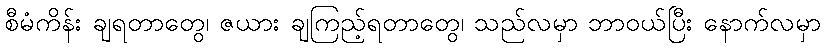
စီမံကိန်း ချရတာတွေ၊ ဇယား ချကြည့်ရတာတွေ၊ သည်လမှာ ဘာဝယ်ပြီး နောက်လမှာ